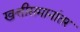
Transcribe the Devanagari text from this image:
खत्तीसमानांतर